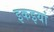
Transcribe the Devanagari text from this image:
इकइयां